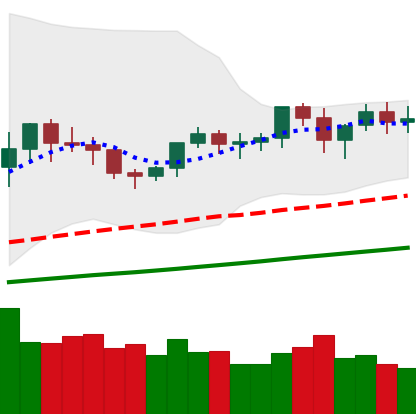
Ticker: XMR-USD
Chart end date: 2021-03-19
Forward return: -9.068%
Label: down_7plus